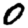
Digit: 0